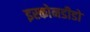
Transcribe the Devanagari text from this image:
इस्कोनडीडो